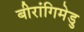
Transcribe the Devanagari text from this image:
बीरांगिमेडु